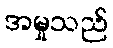
အမှုသည်